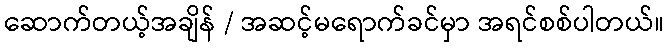
ဆောက်တယ့်အချိန် / အဆင့်မရောက်ခင်မှာ အရင်စစ်ပါတယ်။